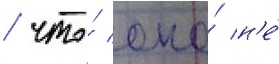
/ что́ оно́ н'е́